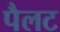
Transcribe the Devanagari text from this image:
पैलट